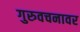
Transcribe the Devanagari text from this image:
गुरुवचनावर